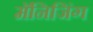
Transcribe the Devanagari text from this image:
मॅनिजिंग